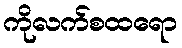
ကိုလက်စထရော